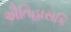
ઐતિહાસકિ